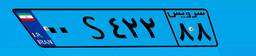
۷۰S۰۹۲۴۰